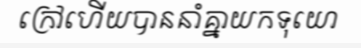
ក្រៅហើយបាននាំគ្នាយកទុយោ